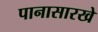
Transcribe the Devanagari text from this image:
पानासारखे